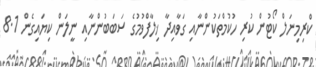
ކްރިމިނަލް ކޯޓުން ކުރި ހުކުމްތަކުންނާއި ގަވާއިދާ ޚިލާފްވުމުގެ ސަބަބުންނާއި ނީލަން ކިޔައިގެން 8.1